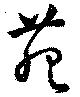
苑